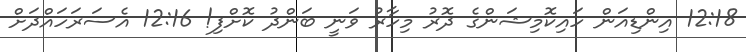
12:18 އިންޑިއަން ހައިކޮމިޝަންގެ ދޮރު މިހާރު ވަނީ ބަންދު ކޮށްފި! 12:16 އެސަރަހައްދަށް